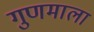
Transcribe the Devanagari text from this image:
गुणमाला